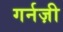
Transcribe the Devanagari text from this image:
गर्नज़ी